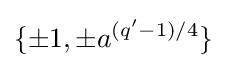
\{\pm 1,\pm a^{(q'-1)/4}\}